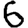
Digit: 6